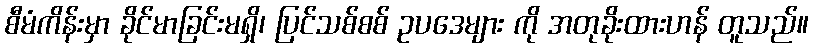
စီမံကိန်းမှာ ခိုင်မာခြင်းမရှိ၊ ပြင်သစ်စစ် ဥပဒေများ ကို အတုခိုးထားဟန် တူသည်။